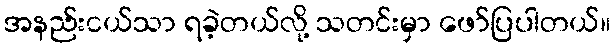
အနည်းငယ်သာ ရခဲ့တယ်လို့ သတင်းမှာ ဖော်ပြပါတယ်။